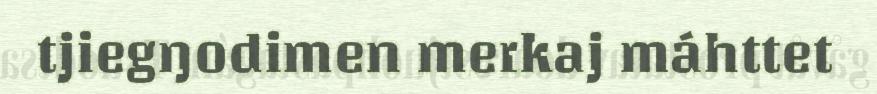
tjiegŋodimen merkaj máhttet